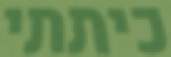
כיתתי